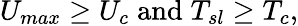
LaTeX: U_{max}\geq U_{c}\; \mathrm{and}\; T_{sl}\geq T_{c},